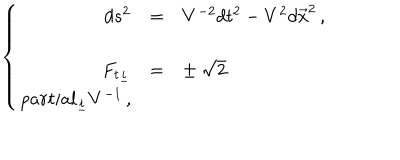
\left\{ \begin{array} { r c l } { { d s ^ { 2 } } } & { { = } } & { { V ^ { - 2 } d t ^ { 2 } - V ^ { 2 } d \vec { x } ^ { 2 } \, , } } \\ { { } } & { { } } & { { } } \\ { { F _ { t \underline { { { i } } } } } } & { { = } } & { { \pm \ \sqrt { 2 } } } \\ { { p a r t i a l _ { \underline { { { i } } } } V ^ { - 1 } \, , } } \\ \end{array} \right.